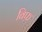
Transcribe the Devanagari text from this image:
बिफ़